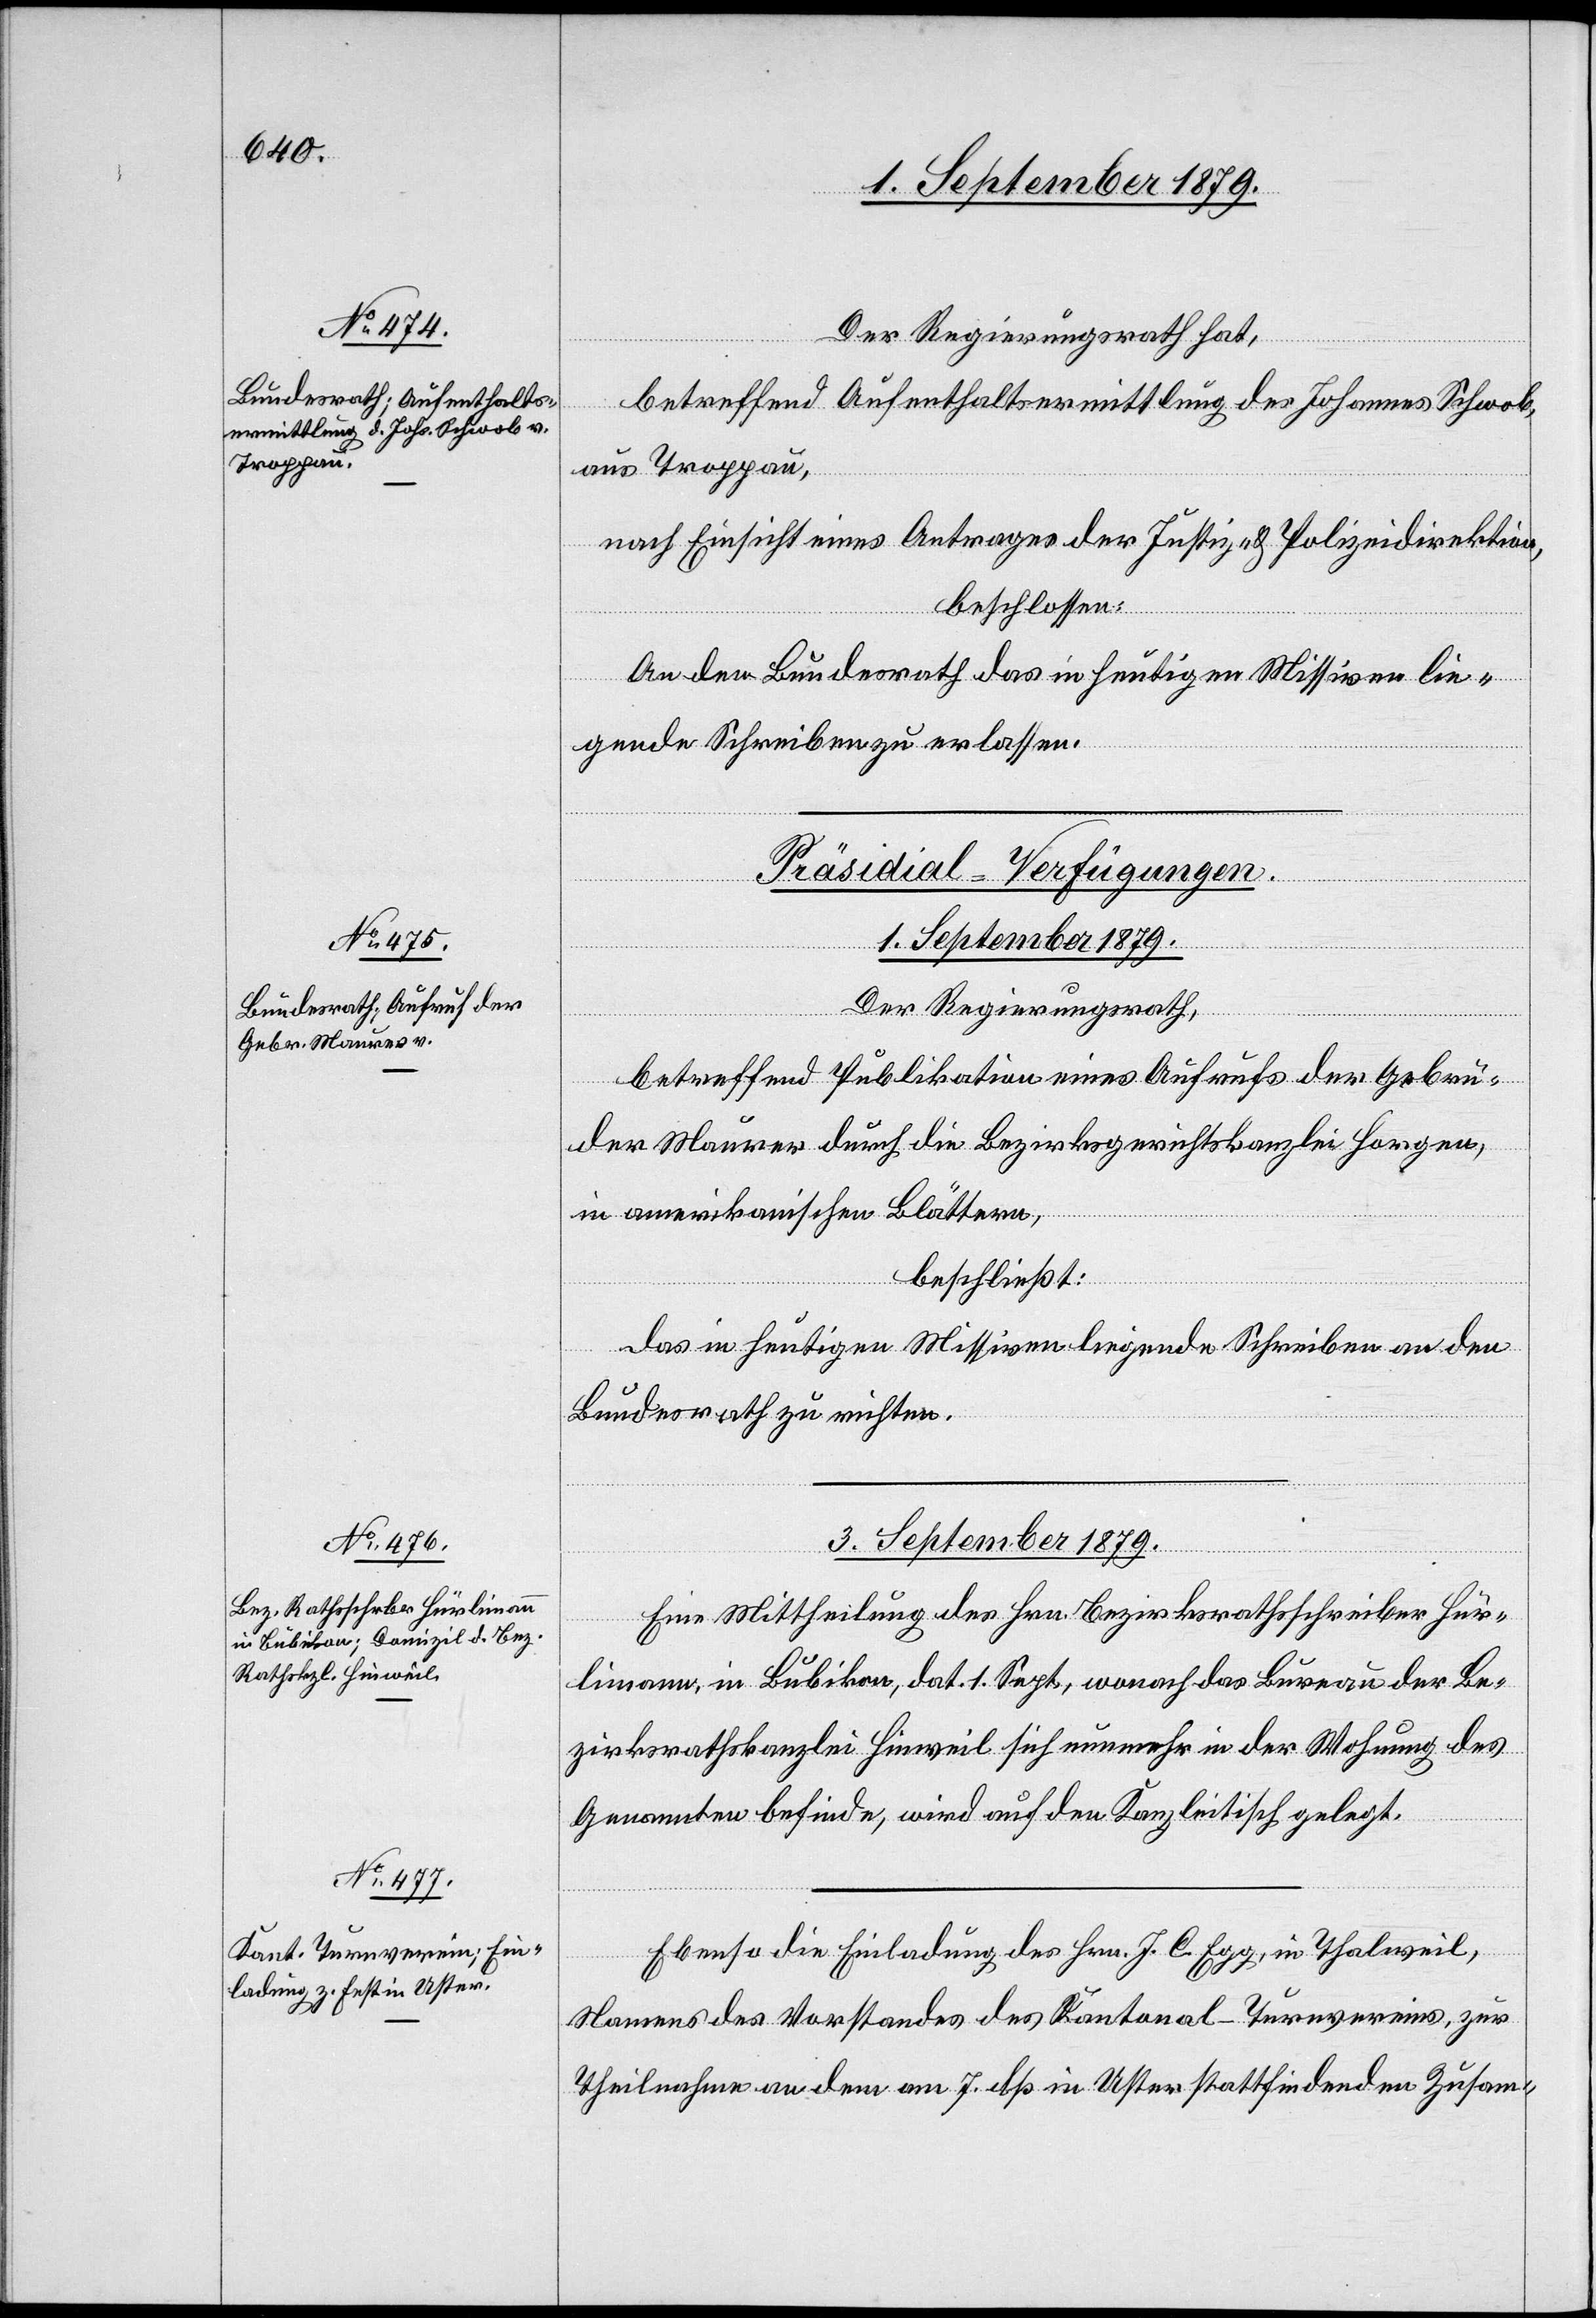
Der Regierungsrath hat,
betreffend Aufenthaltsermittlung des Johannes Schwob,
aus Troppau,
nach Einsicht eines Antrages der Justiz- & Polizeidirektion,
beschlossen:
An den Bundesrath das in heutigen Missiven lie¬
gende Schreiben zu erlassen.
[Präsidial-Verfügungen.
1. September 1879.
Der Regierungsrath,
betreffend Publikation eines Aufrufes der Gebrü¬
der Maurer durch die Bezirksgerichtskanzlei Horgen,
in amerikanischen Blättern,
beschließt:
das in heutigen Missiven liegende Schreiben an den
Bundesrath zu richten.
3. September 1879.]
Eine Mittheilung des Hrn. Bezirksrathsschreiber Hür¬
limann, in Bubikon, dat. 1. Sept., wonach das Bureau der Be¬
zirksrathskanzlei Hinweil sich nunmehr in der Wohnung des
Genannten befinde, wird auf den Kanzleitisch gelegt.
Ebenso die Einladung des Hrn. J. C. Egg, in Thalweil,
Namens des Vorstandes des Kantonal-Turnvereins, zur
Theilnahme an dem am 7. dß in Uster stattfindenden Zusam-